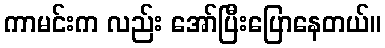
ကာမင်းက လည်း အော်ပြီးပြောနေတယ်။